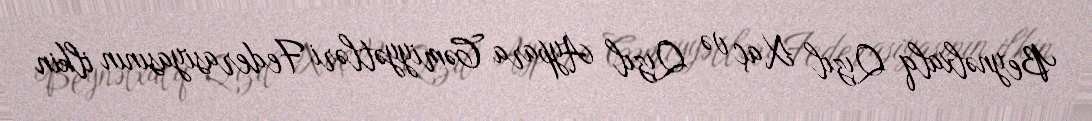
Beynəlxalq Qızıl Xaç və Qızıl Aypara Cəmiyyətləri Federasiyasının ilkin